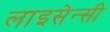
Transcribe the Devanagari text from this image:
लाइसेन्सी